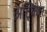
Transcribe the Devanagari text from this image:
अट्किंस